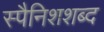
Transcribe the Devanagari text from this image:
स्पैनिशशब्द